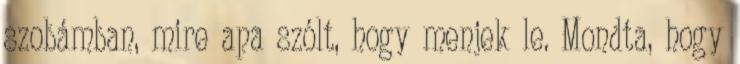
szobámban, mire apa szólt, hogy menjek le. Mondta, hogy